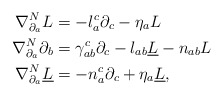
\begin{align*} \nabla^N_{\partial_a} L&=-l_a^c \partial_c-\eta_a L\\ \nabla^N_{\partial_a} \partial_b&=\gamma_{ab}^c\partial_c-l_{ab}\underline L-n_{ab}L\\ \nabla^N_{\partial_a}\underline L&=-n_a^c\partial_c+\eta_a \underline L,\end{align*}